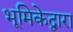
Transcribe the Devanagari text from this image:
भूमिकेद्वारा